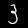
Digit: 3